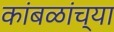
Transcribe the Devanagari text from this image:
कांबळांच्या